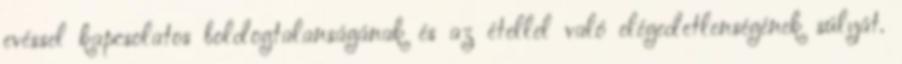
evéssel kapcsolatos boldogtalanságának és az étellel való elégedetlenségének súlyát.